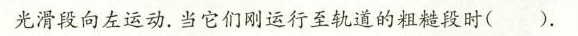
光滑段向左运动。当它们刚运行至轨道的粗糙段时().